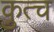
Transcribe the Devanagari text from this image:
कुत्च